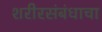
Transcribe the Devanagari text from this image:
शरीरसंबंधाचा